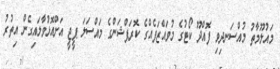
މައުލޫމާތު މުއްސަނދިވި ފޮއްދޫ ކޯޓުގެ މުވައްޒަފެއްގެ ކޮރަޕްޝަންގެ މައްސަލަ ޕީޖީ އަށްއޮޅުވާލައިގެން އިތުރު